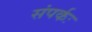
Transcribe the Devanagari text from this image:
संपर्कः